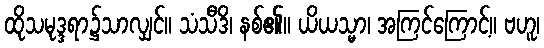
ထိုသမုဒ္ဒရာ၌သာလျှင်။ သံသီဒိ၊ နစ်၏။ ယိယသ္မာ၊ အကြင်ကြောင့်။ ဗဟူ၊